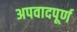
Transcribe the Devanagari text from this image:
अपवादपूर्ण